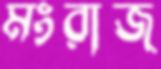
মংরাজ